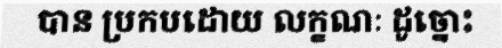
បាន ប្រកបដោយ លក្ខណៈ ដូច្នោះ